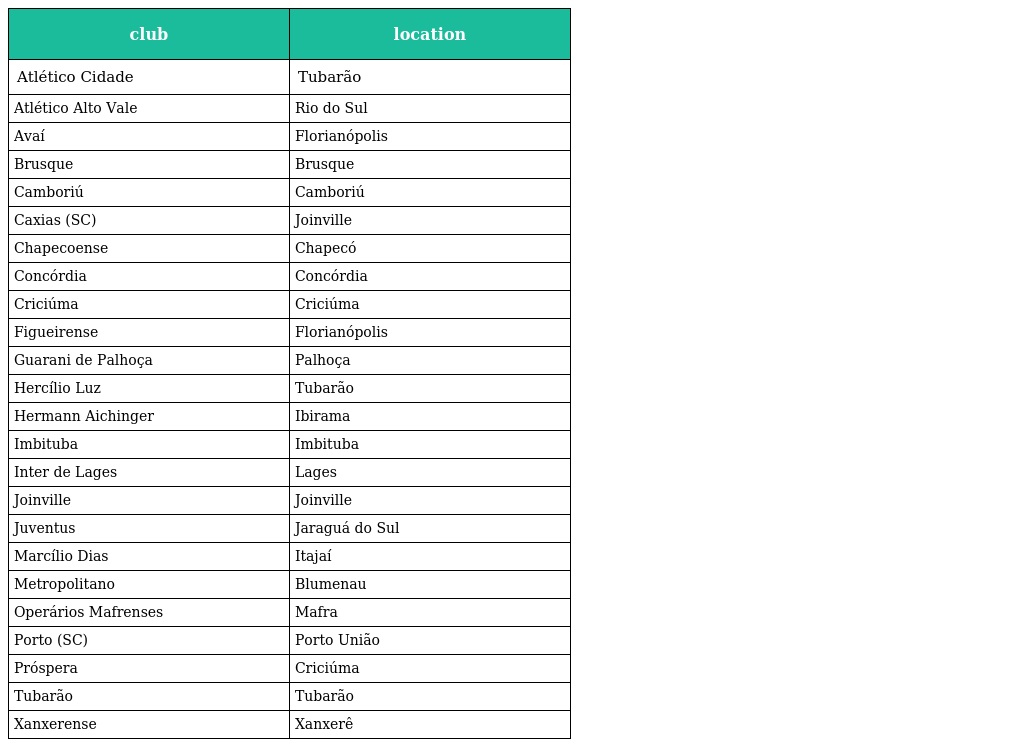
| club | location |
 | --- | --- |
 | Atlético Cidade | Tubarão |
 | Atlético Alto Vale | Rio do Sul |
 | Avaí | Florianópolis |
 | Brusque | Brusque |
 | Camboriú | Camboriú |
 | Caxias (SC) | Joinville |
 | Chapecoense | Chapecó |
 | Concórdia | Concórdia |
 | Criciúma | Criciúma |
 | Figueirense | Florianópolis |
 | Guarani de Palhoça | Palhoça |
 | Hercílio Luz | Tubarão |
 | Hermann Aichinger | Ibirama |
 | Imbituba | Imbituba |
 | Inter de Lages | Lages |
 | Joinville | Joinville |
 | Juventus | Jaraguá do Sul |
 | Marcílio Dias | Itajaí |
 | Metropolitano | Blumenau |
 | Operários Mafrenses | Mafra |
 | Porto (SC) | Porto União |
 | Próspera | Criciúma |
 | Tubarão | Tubarão |
 | Xanxerense | Xanxerê |